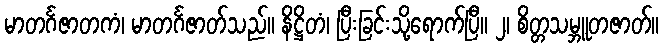
မာတင်္ဂဇာတကံ၊ မာတင်္ဂဇာတ်သည်။ နိဋ္ဌိတံ၊ ပြီးခြင်းသို့ရောက်ပြီ။ ၂၊ စိတ္တသမ္ဘူတဇာတ်။